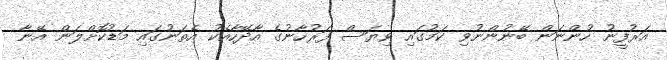
އަރުފީނު ހުންނަން ބޭނުންނުވި ކަމުގައި ވިޔަސް ފަރުހާނުގެ އާދޭހާއެކު އެތަނުގައި މަޑުކޮށްލަން އޭނާ